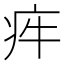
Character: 𤵃